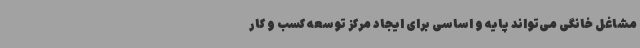
مشاغل خانگی می‌تواند پایه و اساسی برای ایجاد مرکز توسعه کسب و کار